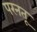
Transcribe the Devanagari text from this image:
परनतू